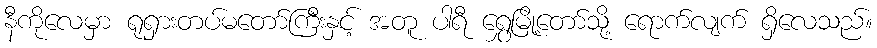
နီကိုလေမှာ ရုရှားတပ်မတော်ကြီးနှင့် အတူ ပါရီ ရွှေမြို့တော်သို့ ရောက်လျက် ရှိလေသည်။